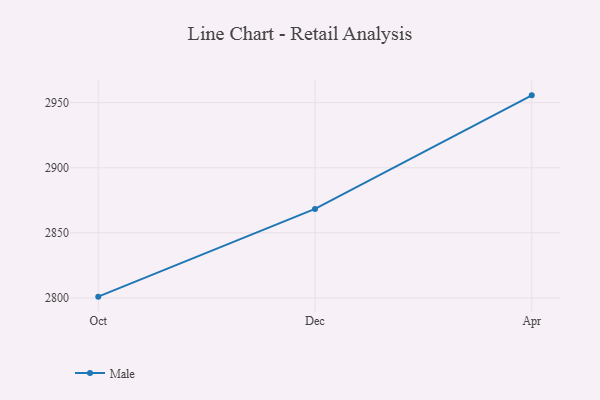
{"axis": {"x": "Month", "y": "Production Output"}, "legend": ["Male"], "data": [{"x": "Oct", "y": 2801.0, "type": "Male"}, {"x": "Dec", "y": 2868.4, "type": "Male"}, {"x": "Apr", "y": 2955.6, "type": "Male"}]}